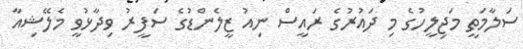
ސަލާމަތީ މަޖިލީހުގެ މި ދައުރުގެ ރައީސް ނިއު ޒީލެންޑުގެ ސަފީރު ވިދާޅުވީ މެލޭޝިއާ